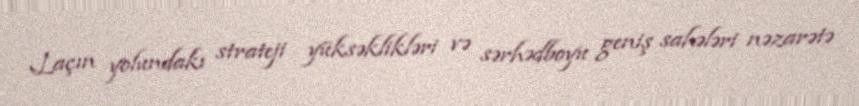
Laçın yolundakı strateji yüksəklikləri və sərhədboyu geniş sahələri nəzarətə